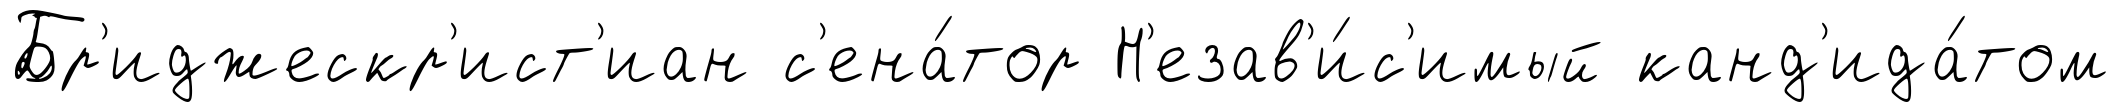
Бр'иджескр'ист'иан с'ена́тор Н'езав'и́с'имый канд'ида́том